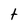
Character: t